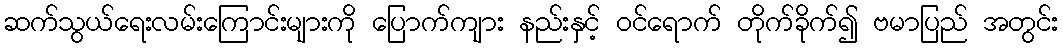
ဆက်သွယ်ရေးလမ်းကြောင်းများကို ပြောက်ကျား နည်းနှင့် ဝင်ရောက် တိုက်ခိုက်၍ ဗမာပြည် အတွင်း